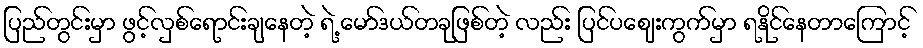
ပြည်တွင်းမှာ ဖွင့်လှစ်ရောင်းချနေတဲ့ ရဲ့ မော်ဒယ်တခုဖြစ်တဲ့ လည်း ပြင်ပဈေးကွက်မှာ ရနိုင်နေတာကြောင့်